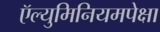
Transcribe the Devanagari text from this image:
ऍल्युमिनियमपेक्षा